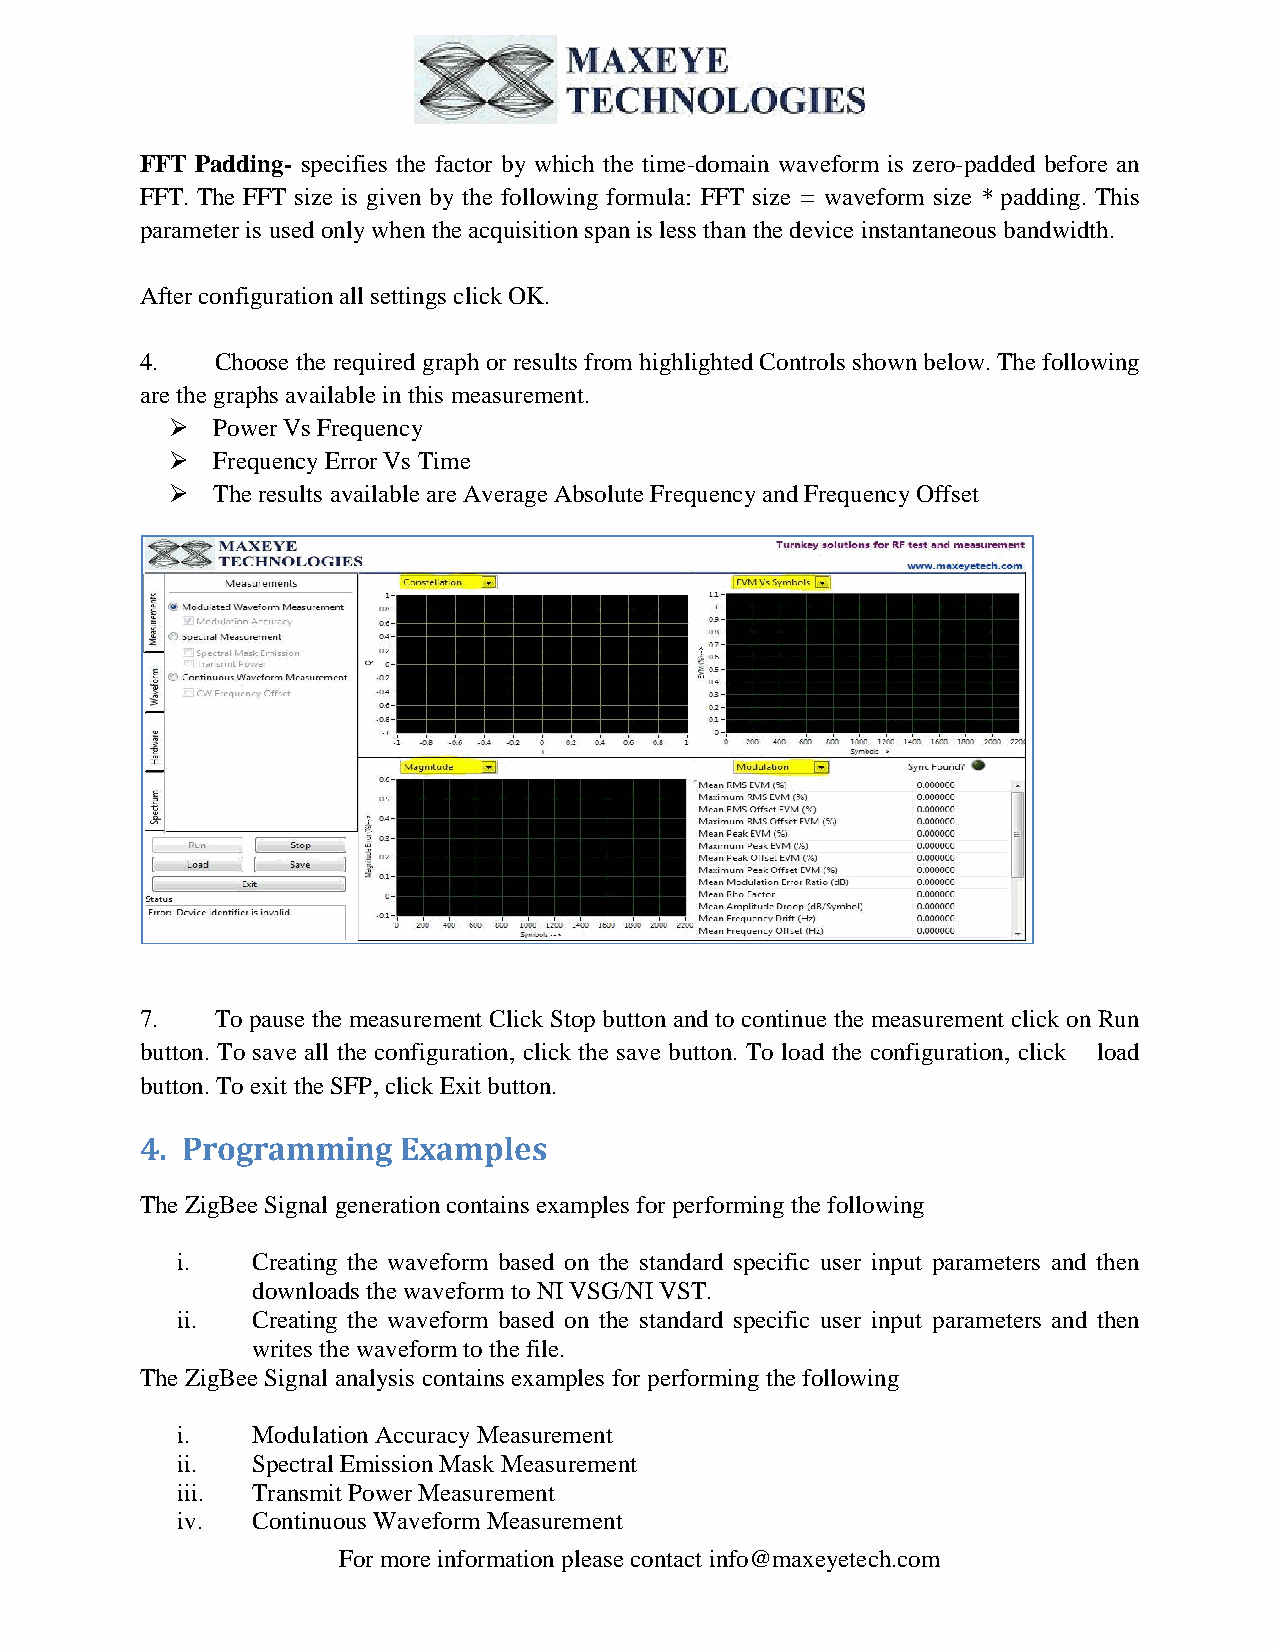
FFT Padding- specifies the factor by which the time-domain waveform is zero-padded before an
 FFT. The FFT size is given by the following formula: FFT size = waveform size * padding. This
 parameter is used only when the acquisition span is less than the device instantaneous bandwidth.
 After configuration all settings click OK.
 4.   Choose the required graph or results from highlighted Controls shown below. The following
 are the graphs available in this measurement.
   Power Vs Frequency
   Frequency Error Vs Time
   The results available are Average Absolute Frequency and Frequency Offset
 7.   To pause the measurement Click Stop button and to continue the measurement click on Run
 button. To save all the configuration, click the save button. To load the configuration, click load
 button. To exit the SFP, click Exit button.
 4. Programming   Examples
 The ZigBee Signal generation contains examples for performing the following
 i.   Creating the waveform based on the standard specific user input parameters and then
 downloads the waveform to NI VSG/NI VST.
 ii.  Creating the waveform based on the standard specific user input parameters and then
 writes the waveform to the file.
 The ZigBee Signal analysis contains examples for performing the following
 i.   Modulation Accuracy Measurement
 ii.  Spectral Emission Mask Measurement
 iii. Transmit Power Measurement
 iv.  Continuous Waveform Measurement
 For more information please contact info@maxeyetech.com